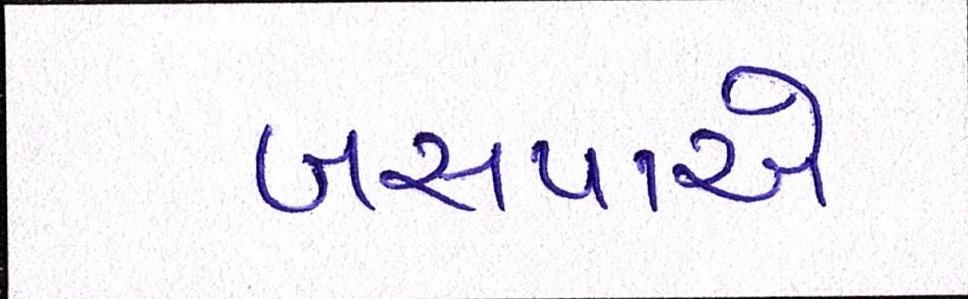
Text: બસપાએ